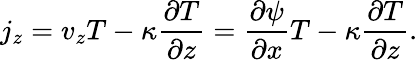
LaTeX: j_{z}=v_{z}T-\kappa\frac{\partial T}{\partial z}=\frac{\partial\psi}{\partial x}T-\kappa\frac{\partial T}{\partial z}.